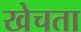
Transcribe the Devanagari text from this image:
खेचता